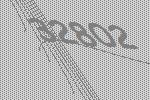
32802